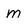
Character: m